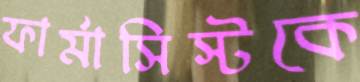
ফার্মাসিস্টকে